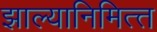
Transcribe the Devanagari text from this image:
झाल्यानिमित्त्त